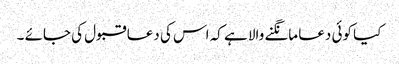
کیا کوئی دعا مانگنے والا ہے کہ اس کی دعا قبول کی جائے ۔